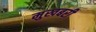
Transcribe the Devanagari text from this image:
मुखबरी